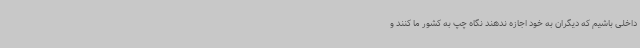
داخلی باشیم که دیگران به خود اجازه ندهند نگاه چپ به کشور ما کنند و